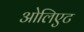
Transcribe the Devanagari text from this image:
ओलिएट